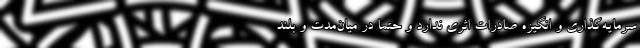
سرمایه‌گذاری و انگیزه صادرات اثری ندارد و حتما در میان‌مدت و بلند